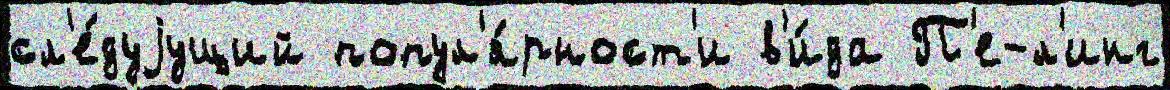
сл'е́дуjущий попул'я́рност'и в'и́да П'е-л'инг